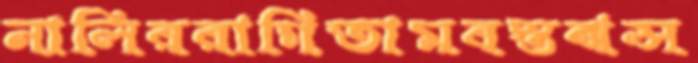
নালিররাগিতামবস্তঝল্‌স